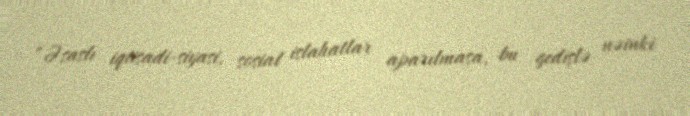
“Əsaslı iqtisadi-siyasi, sosial islahatlar aparılmasa, bu gedişlə nəinki